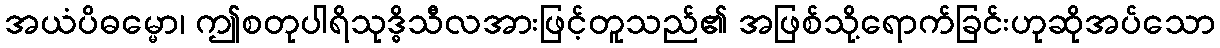
အယံပိဓမ္မော၊ ဤစတုပါရိသုဒ္ဓိသီလအားဖြင့်တူသည်၏ အဖြစ်သို့ရောက်ခြင်းဟုဆိုအပ်သော